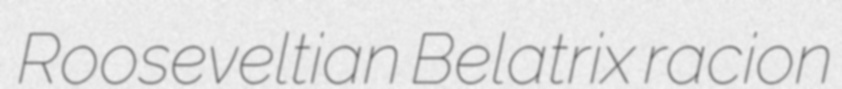
Rooseveltian Belatrix racion